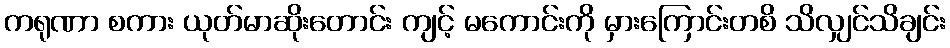
ကရုဏာ စကား ယုတ်မာဆိုးတောင်း ကျင့် မကောင်းကို မှားကြောင်းတစိ သိလျှင်သိချင်း